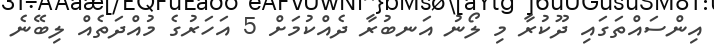
އިންސައްތަގައި ދޫކުރާ މި ލޯނު އަނބުރާ ދެއްކުމަށް 5 އަހަރުގެ މުއްދަތެއް ލިބޭނެ